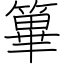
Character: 篳